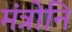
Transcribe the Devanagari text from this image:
मंत्रोनि